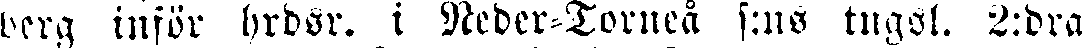
berg inför hrdsr. i Neder-Torneå s:ns tugsl. 2:dra